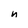
Character: n